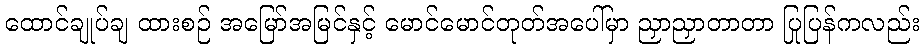
ထောင်ချုပ်ချ ထားစဉ် အမြော်အမြင်နှင့် မောင်မောင်တုတ်အပေါ်မှာ ညှာညှာတာတာ ပြုပြန်ကလည်း